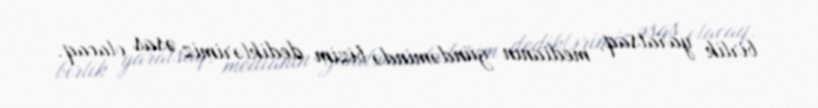
birlik yaratsaq, medianın gündəmində bizim dediklərimiz əsas olacaq.